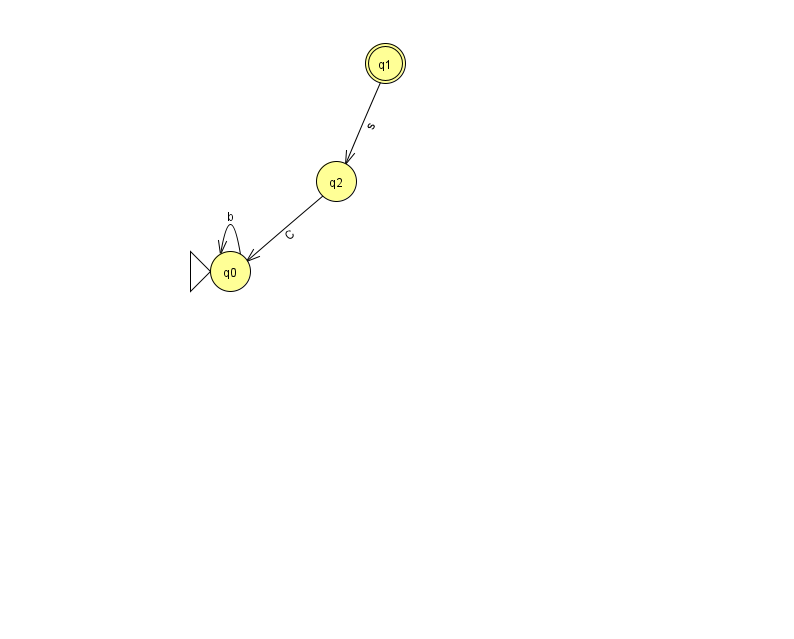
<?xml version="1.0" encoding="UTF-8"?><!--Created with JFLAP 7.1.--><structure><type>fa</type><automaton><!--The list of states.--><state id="0" name="q0"><x>230.0</x><y>258.0</y><initial/></state><state id="1" name="q1"><x>385.0</x><y>50.0</y><final/></state><state id="2" name="q2"><x>336.0</x><y>168.0</y></state><!--The list of transitions.--><transition><from>0</from><to>0</to><read>b</read></transition><transition><from>1</from><to>2</to><read>s</read></transition><transition><from>2</from><to>0</to><read>C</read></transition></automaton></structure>